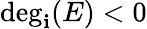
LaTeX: \deg_{\mathbf{i}}(E)<0